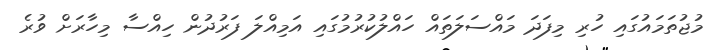
މުޖުތަމައުގައި ހުރި މިފަދަ މައްސަލަތައް ހައްލުކުރުމުގައި އަމިއްލަ ފަރުދުން ހިއްސާ މިހާރަށް ވުރެ